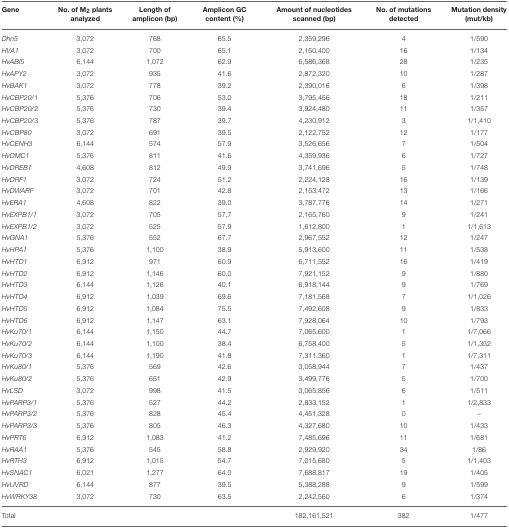
<table><thead><tr><td><b>Gene</b></td><td><b>No. of M<sub>2</sub> plants analyzed</b></td><td><b>Length of amplicon (bp)</b></td><td><b>Amplicon GC content (%)</b></td><td><b>Amount of nucleotides scanned (bp)</b></td><td><b>No. of mutations detected</b></td><td><b>Mutation density (mut/kb)</b></td></tr></thead><tbody><tr><td><i>Dhn5</i></td><td>3,072</td><td>768</td><td>65.5</td><td>2,359,296</td><td>4</td><td>1/590</td></tr><tr><td><i>HVA1</i></td><td>3,072</td><td>700</td><td>65.1</td><td>2,150,400</td><td>16</td><td>1/134</td></tr><tr><td><i>HvABI5</i></td><td>6,144</td><td>1,072</td><td>62.9</td><td>6,586,368</td><td>28</td><td>1/235</td></tr><tr><td><i>HvAPY2</i></td><td>3,072</td><td>935</td><td>41.6</td><td>2,872,320</td><td>10</td><td>1/287</td></tr><tr><td><i>HvBAK1</i></td><td>3,072</td><td>778</td><td>39.2</td><td>2,390,016</td><td>6</td><td>1/398</td></tr><tr><td><i>HvCBP20/</i>1</td><td>5,376</td><td>706</td><td>53.0</td><td>3,795,456</td><td>18</td><td>1/211</td></tr><tr><td><i>HvCBP20/</i>2</td><td>5,376</td><td>730</td><td>39.4</td><td>3,924,480</td><td>11</td><td>1/357</td></tr><tr><td><i>HvCBP20/</i>3</td><td>5,376</td><td>787</td><td>39.7</td><td>4,230,912</td><td>3</td><td>1/1,410</td></tr><tr><td><i>HvCBP80</i></td><td>3,072</td><td>691</td><td>39.5</td><td>2,122,752</td><td>12</td><td>1/177</td></tr><tr><td><i>HvCENH3</i></td><td>6,144</td><td>574</td><td>57.9</td><td>3,526,656</td><td>7</td><td>1/504</td></tr><tr><td><i>HvDMC1</i></td><td>5,376</td><td>811</td><td>41.6</td><td>4,359,936</td><td>6</td><td>1/727</td></tr><tr><td><i>HvDREB1</i></td><td>4,608</td><td>812</td><td>49.9</td><td>3,741,696</td><td>5</td><td>1/748</td></tr><tr><td><i>HvDRF1</i></td><td>3,072</td><td>724</td><td>51.2</td><td>2,224,128</td><td>16</td><td>1/139</td></tr><tr><td><i>HvDWARF</i></td><td>3,072</td><td>701</td><td>42.8</td><td>2,153,472</td><td>13</td><td>1/166</td></tr><tr><td><i>HvERA1</i></td><td>4,608</td><td>822</td><td>39.0</td><td>3,787,776</td><td>14</td><td>1/271</td></tr><tr><td><i>HvEXPB1/1</i></td><td>3,072</td><td>705</td><td>57.7</td><td>2,165,760</td><td>9</td><td>1/241</td></tr><tr><td><i>HvEXPB1/2</i></td><td>3,072</td><td>525</td><td>57.9</td><td>1,612,800</td><td>1</td><td>1/1,613</td></tr><tr><td><i>HvGNA1</i></td><td>5,376</td><td>552</td><td>67.7</td><td>2,967,552</td><td>12</td><td>1/247</td></tr><tr><td><i>HvHPA1</i></td><td>5,376</td><td>1,100</td><td>38.9</td><td>5,913,600</td><td>11</td><td>1/538</td></tr><tr><td><i>HvHTD1</i></td><td>6,912</td><td>971</td><td>60.9</td><td>6,711,552</td><td>16</td><td>1/419</td></tr><tr><td><i>HvHTD2</i></td><td>6,912</td><td>1,146</td><td>60.0</td><td>7,921,152</td><td>9</td><td>1/880</td></tr><tr><td><i>HvHTD3</i></td><td>6,144</td><td>1,126</td><td>40.1</td><td>6,918,144</td><td>9</td><td>1/769</td></tr><tr><td><i>HvHTD4</i></td><td>6,912</td><td>1,039</td><td>69.6</td><td>7,181,568</td><td>7</td><td>1/1,026</td></tr><tr><td><i>HvHTD5</i></td><td>6,912</td><td>1,084</td><td>75.5</td><td>7,492,608</td><td>9</td><td>1/833</td></tr><tr><td><i>HvHTD6</i></td><td>6,912</td><td>1,147</td><td>63.1</td><td>7,928,064</td><td>10</td><td>1/793</td></tr><tr><td><i>HvKu70/1</i></td><td>6,144</td><td>1,150</td><td>44.7</td><td>7,065,600</td><td>1</td><td>1/7,066</td></tr><tr><td><i>HvKu70/2</i></td><td>6,144</td><td>1,100</td><td>38.4</td><td>6,758,400</td><td>5</td><td>1/1,352</td></tr><tr><td><i>HvKu70/3</i></td><td>6,144</td><td>1,190</td><td>41.8</td><td>7,311,360</td><td>1</td><td>1/7,311</td></tr><tr><td><i>HvKu80/1</i></td><td>5,376</td><td>569</td><td>42.6</td><td>3,058,944</td><td>7</td><td>1/437</td></tr><tr><td><i>HvKu80/2</i></td><td>5,376</td><td>651</td><td>42.9</td><td>3,499,776</td><td>5</td><td>1/700</td></tr><tr><td><i>HvLSD</i></td><td>3,072</td><td>998</td><td>41.5</td><td>3,065,856</td><td>6</td><td>1/511</td></tr><tr><td><i>HvPARP3/1</i></td><td>5,376</td><td>527</td><td>44.2</td><td>2,833,152</td><td>1</td><td>1/2,833</td></tr><tr><td><i>HvPARP3/2</i></td><td>5,376</td><td>828</td><td>45.4</td><td>4,451,328</td><td>0</td><td>–</td></tr><tr><td><i>HvPARP3/3</i></td><td>5,376</td><td>805</td><td>46.3</td><td>4,327,680</td><td>10</td><td>1/433</td></tr><tr><td><i>HvPRT6</i></td><td>6,912</td><td>1,083</td><td>41.2</td><td>7,485,696</td><td>11</td><td>1/681</td></tr><tr><td><i>HvRAA1</i></td><td>5,376</td><td>545</td><td>58.8</td><td>2,929,920</td><td>34</td><td>1/86</td></tr><tr><td><i>HvRTH3</i></td><td>6,912</td><td>1,015</td><td>54.7</td><td>7,015,680</td><td>5</td><td>1/1,403</td></tr><tr><td><i>HvSNAC1</i></td><td>6,021</td><td>1,277</td><td>64.0</td><td>7,688,817</td><td>19</td><td>1/405</td></tr><tr><td><i>HvUVRD</i></td><td>6,144</td><td>877</td><td>39.5</td><td>5,388,288</td><td>9</td><td>1/599</td></tr><tr><td><i>HvWRKY38</i></td><td>3,072</td><td>730</td><td>63.5</td><td>2,242,560</td><td>6</td><td>1/374</td></tr><tr><td>Total</td><td></td><td></td><td></td><td>182,161,521</td><td>382</td><td>1/477</td></tr></tbody></table>